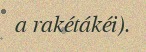
a rakétákéi).